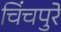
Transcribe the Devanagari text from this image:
चिंचपुरे